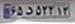
۶۵د۵۳۲۱۳